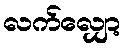
လက်လျှော့